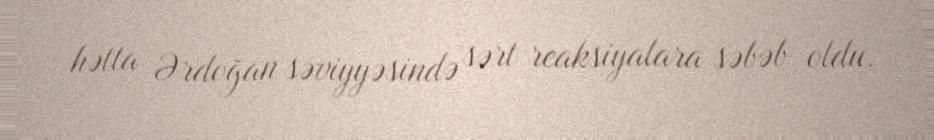
hətta Ərdoğan səviyyəsində sərt reaksiyalara səbəb oldu.